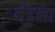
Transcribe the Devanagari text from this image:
मेंडुला